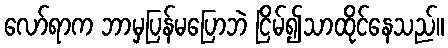
လော်ရာက ဘာမှပြန်မပြောဘဲ ငြိမ်၍သာထိုင်နေသည်။